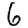
Digit: 6